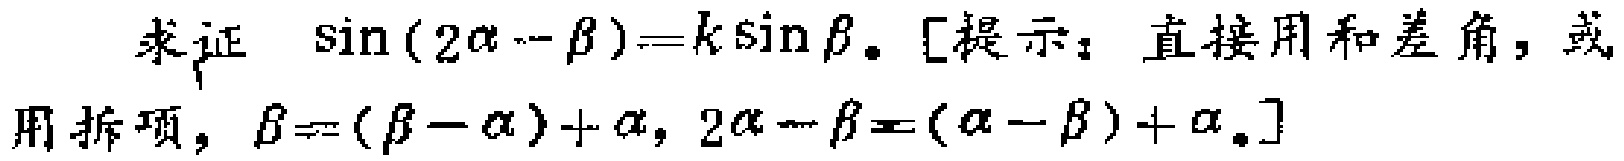
求证 $\sin(2\alpha - \beta)=k\sin\beta$。[提示：直接用和差角，或用拆项，$\beta = (\beta - \alpha)+\alpha$，$2\alpha - \beta = (\alpha - \beta)+\alpha$。]